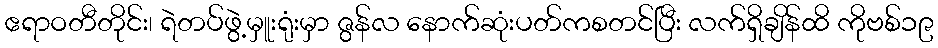
ဧရာဝတီတိုင်း၊ ရဲတပ်ဖွဲ့မှူးရုံးမှာ ဇွန်လ နောက်ဆုံးပတ်ကစတင်ပြီး လက်ရှိချိန်ထိ ကိုဗစ်၁၉